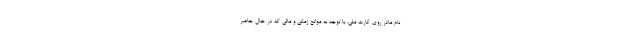
نام مادر روی کارت ملی، با توجه به موانع زمانی و مالی که در حال حاضر